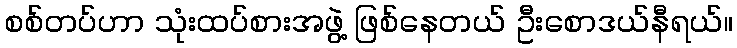
စစ်တပ်ဟာ သုံးထပ်စားအဖွဲ့ ဖြစ်နေတယ် ဦးစောဒယ်နီရယ်။